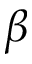
\beta